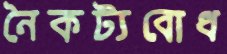
নৈকট্যবোধ